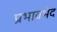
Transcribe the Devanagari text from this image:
प्रभावभेद